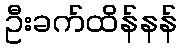
ဦးခက်ထိန်နန်